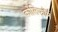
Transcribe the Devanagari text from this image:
कोलिफॉर्म